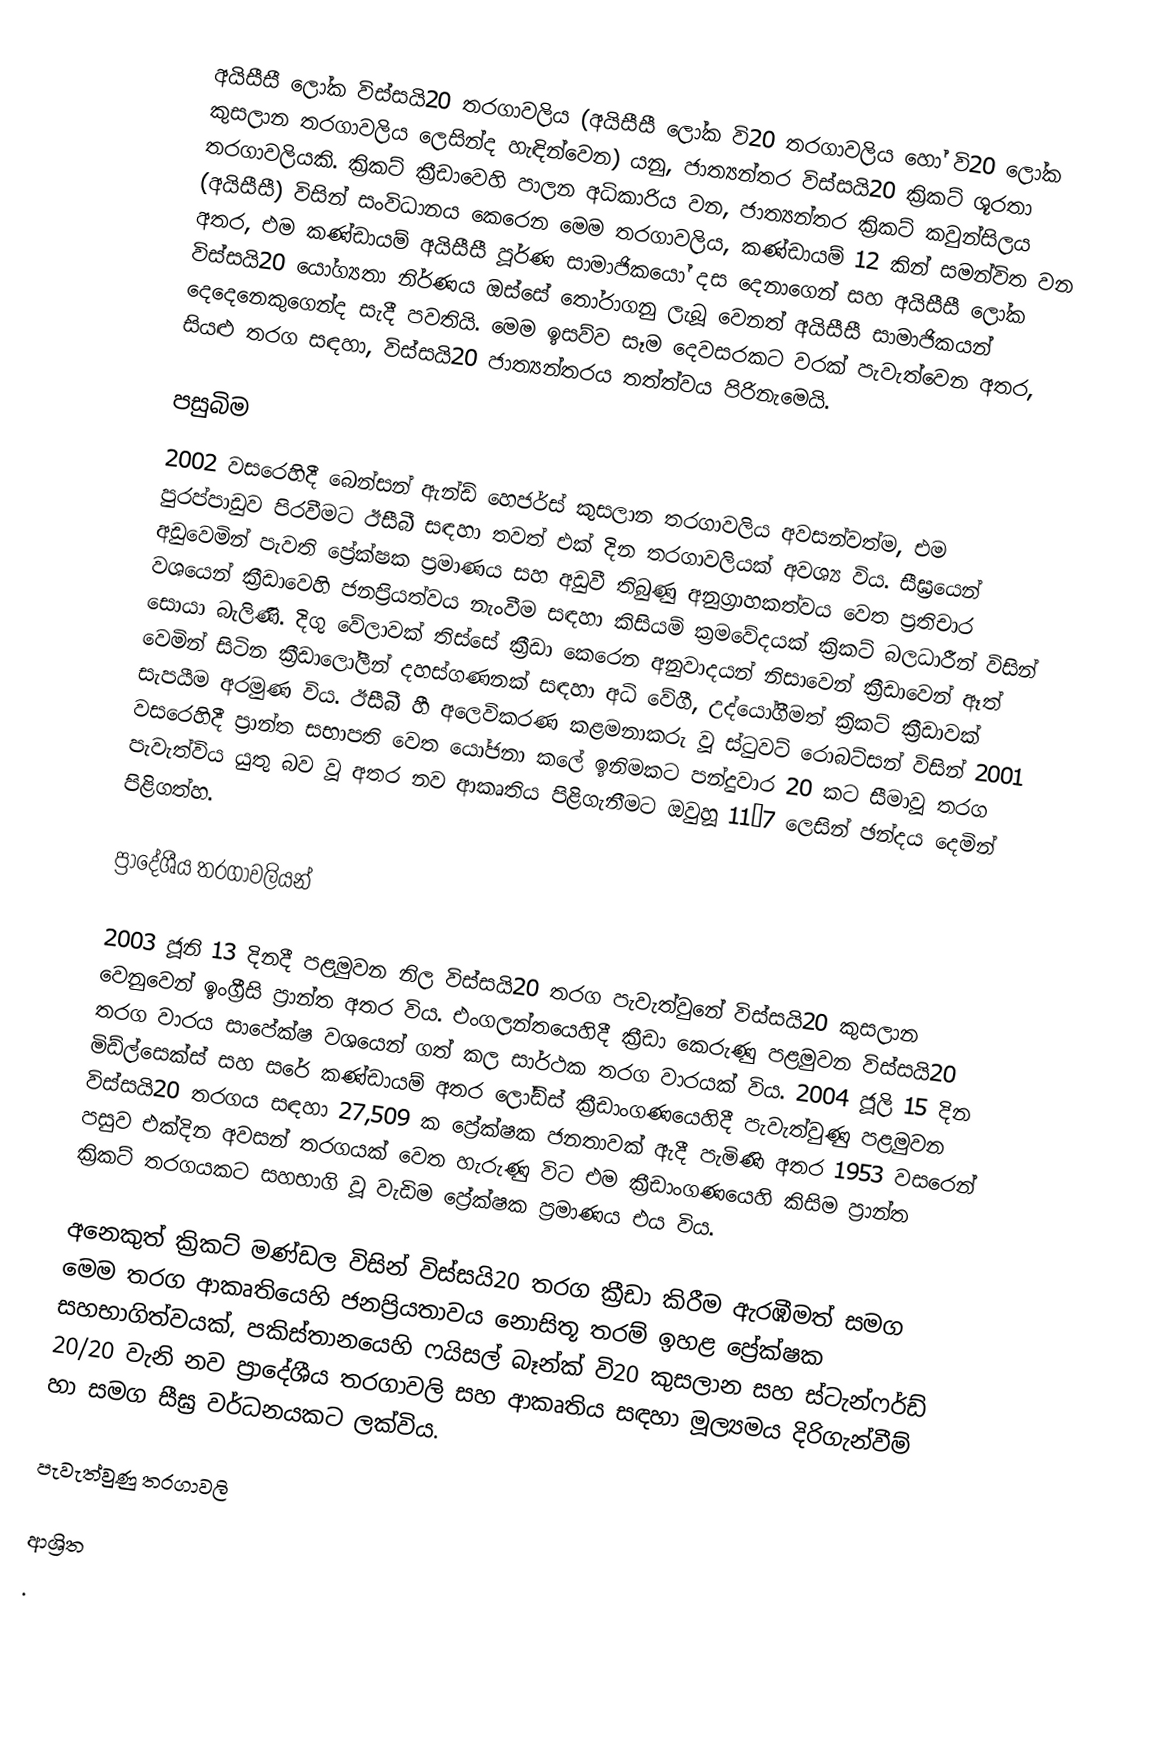
අයිසීසී ලෝක විස්සයි20 තරගාවලිය (අයිසීසී ලෝක වි20 තරගාවලිය හෝ  වි20 ලෝක කුසලාන තරගාවලිය ලෙසින්ද හැඳින්වෙන) යනු, ජාත්‍යන්තර විස්සයි20 ක්‍රිකට් ශූරතා තරගාවලියකි. ක්‍රිකට් ක්‍රීඩාවෙහි පාලන අධිකාරිය වන, ජාත්‍යන්තර ක්‍රිකට් කවුන්සිලය (අයිසීසී) විසින් සංවිධානය කෙරෙන මෙම තරගාවලිය, කණ්ඩායම් 12 කින් සමන්විත වන අතර, එම කණ්ඩායම් අයිසීසී පූර්ණ සාමාජිකයෝ දස දෙනාගෙන් සහ අයිසීසී ලෝක විස්සයි20 යෝග්‍යතා නිර්ණය ඔස්සේ තෝරාගනු ලැබූ වෙනත් අයිසීසී සාමාජිකයන් දෙදෙනෙකුගෙන්ද සැදී පවතියි. මෙම ඉසව්ව සෑම දෙවසරකට වරක් පැවැත්වෙන අතර, සියළු තරග සඳහා,  විස්සයි20 ජාත්‍යන්තරය තත්ත්වය පිරිනැමෙයි.

පසුබිම
2002 වසරෙහිදී බෙන්සන් ඇන්ඩ් හෙජර්ස් කුසලාන තරගාවලිය අවසන්වත්ම, එම පුරප්පාඩුව පිරවීමට ඊසීබී සඳහා තවත් එක් දින තරගාවලියක් අවශ්‍ය විය. සීඝ්‍රයෙන් අඩුවෙමින් පැවති ප්‍රේක්ෂක ප්‍රමාණය සහ අඩුවී තිබුණු අනුග්‍රාහකත්වය වෙත ප්‍රතිචාර වශයෙන් ක්‍රීඩාවෙහි ජනප්‍රියත්වය නැංවීම සඳහා කිසියම් ක්‍රමවේදයක් ක්‍රිකට් බලධාරීන් විසින් සොයා බැලිණි.  දිගු වේලාවක් තිස්සේ ක්‍රීඩා කෙරෙන අනුවාදයන් නිසාවෙන් ක්‍රීඩාවෙන් ඈත් වෙමින් සිටින ක්‍රීඩාලෝලීන් දහස්ගණනක්  සඳහා අධි වේගී, උද්යෝගීමත් ක්‍රිකට් ක්‍රීඩාවක් සැපයීම අරමුණ විය. ඊසීබී හී අලෙවිකරණ කළමනාකරු වූ ස්ටුවට් රොබට්සන් විසින් 2001 වසරෙහිදී ප්‍රාන්ත සභාපති වෙත යෝජනා කලේ ඉනිමකට පන්දුවාර 20 කට සීමාවූ තරග පැවැත්විය යුතු බව වූ අතර නව ආකෘතිය පිළිගැනීමට ඔවුහූ 11–7 ලෙසින් ඡන්දය දෙමින් පිළිගත්හ.

ප්‍රාදේශීය තරගාවලියන්

2003 ජූනි 13 දිනදී පළමුවන නිල විස්සයි20 තරග පැවැත්වුනේ  විස්සයි20 කුසලාන වෙනුවෙන් ඉංග්‍රීසි ප්‍රාන්ත අතර විය.  එංගලන්තයෙහිදී ක්‍රීඩා කෙරුණු පළමුවන විස්සයි20 තරග වාරය සාපේක්ෂ වශයෙන් ගත් කල සාර්ථක තරග වාරයක් විය.  2004 ජූලි 15 දින මිඩ්ල්සෙක්ස් සහ සරේ කණ්ඩායම් අතර ලෝඩ්ස් ක්‍රීඩාංගණයෙහිදී පැවැත්වුණු පළමුවන විස්සයි20 තරගය සඳහා 27,509 ක ප්‍රේක්ෂක ජනතාවක් ඇදී පැමිණි අතර 1953 වසරෙන් පසුව එක්දින අවසන් තරගයක් වෙත හැරුණු විට එම ක්‍රීඩාංගණයෙහි කිසිම ප්‍රාන්ත ක්‍රිකට්  තරගයකට සහභාගි වූ වැඩිම ප්‍රේක්ෂක ප්‍රමාණය එය විය.

අනෙකුත් ක්‍රිකට් මණ්ඩල විසින් විස්සයි20 තරග ක්‍රීඩා කිරීම ඇරඹීමත් සමග මෙම තරග ආකෘතියෙහි ජනප්‍රියතාවය නොසිතූ තරම් ඉහළ ප්‍රේක්ෂක සහභාගිත්වයක්, පකිස්තානයෙහි ෆයිසල් බෑන්ක් වි20 කුසලාන සහ ස්ටැන්ෆර්ඩ් 20/20 වැනි නව ප්‍රාදේශීය තරගාවලි සහ ආකෘතිය සඳහා මූල්‍යමය  දිරිගැන්වීම් හා සමග සීඝ්‍ර වර්ධනයකට ලක්විය.

පැවැත්වුණු තරගාවලි

ආශ්‍රිත
.